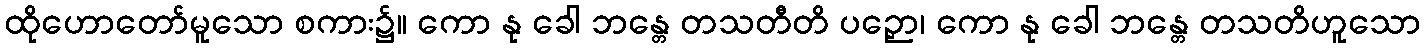
ထိုဟောတော်မူသော စကား၌။ ကော နု ခေါ ဘန္တေ တသတီတိ ပဉှော၊ ကော နု ခေါ ဘန္တေ တသတိဟူသော